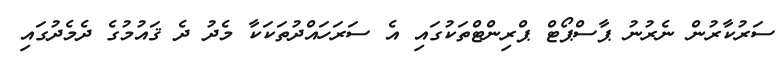
ސަރުކާރުން ނެރުނު ޕާސްޕޯޓް ޕްރިންޓްތަކުގައި އެ ސަރަހައްދުތަކަކާ މެދު ދެ ޤައުމުގެ ދެމެދުގައި